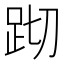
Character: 䟙